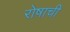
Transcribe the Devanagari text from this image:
रोषाची